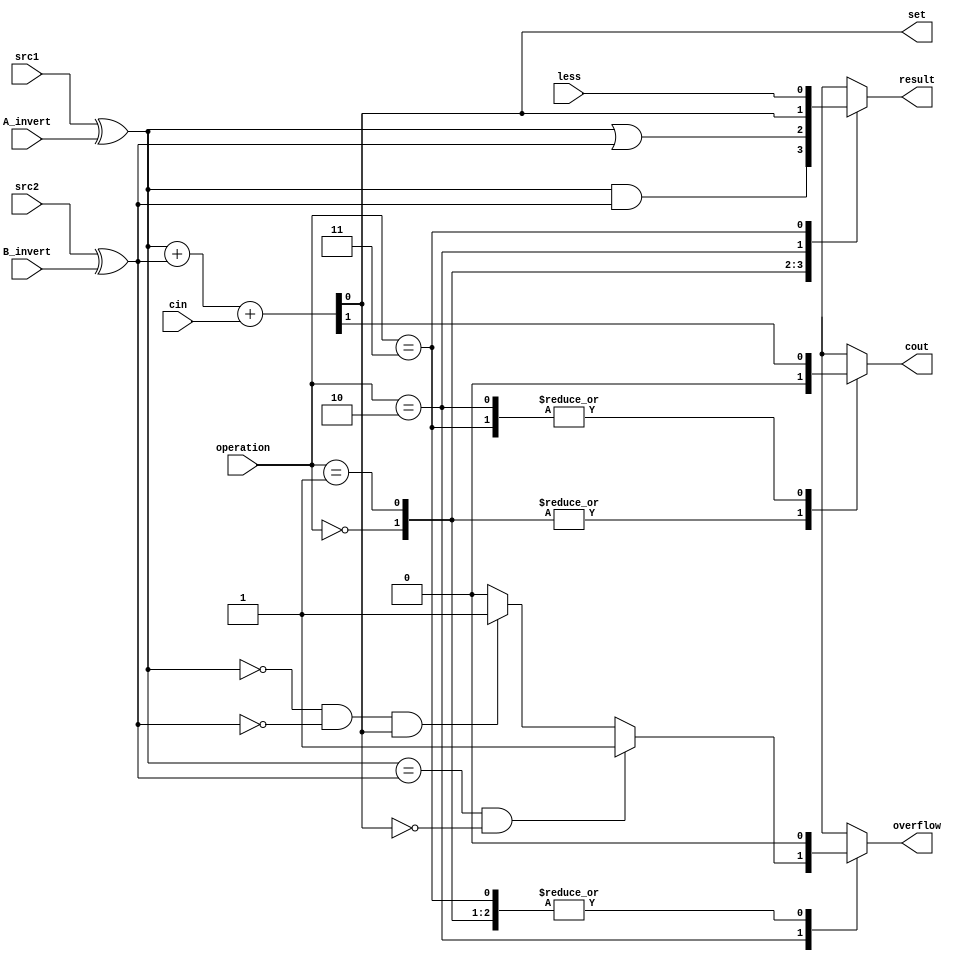
`timescale 1ns/1ps
//////////////////////////////////////////////////////////////////////////////////
// Additional Comments: 0616086
//////////////////////////////////////////////////////////////////////////////////

module alu_bottom(
               src1,       //1 bit source 1 (input)
               src2,       //1 bit source 2 (input)
               less,       //1 bit less     (input)
               A_invert,   //1 bit A_invert (input)
               B_invert,   //1 bit B_invert (input)
               cin,        //1 bit carry in (input)
               operation,  //operation      (input)
               result,     //1 bit result   (output)
               cout,       //1 bit carry out(output)
               set,
               overflow
               );

input         src1;
input         src2;
input         less;
input         A_invert;
input         B_invert;
input         cin;
input [2-1:0] operation;

output        result;
output        cout;
output        set;
output        overflow;

reg           a;
reg           b;
reg           result;
reg           cout;
reg           set;
reg           overflow;


always@(*)begin
    a = src1 ^ A_invert;
    b = src2 ^ B_invert;

    {cout, result} = a+b+cin;
    set = result;
    overflow = 0;

    case(operation)
	 2'b00:
	 begin
	    result = a&b;
	    cout = 0;
	 end
	 2'b01:
	 begin
	    result = a|b;
	    cout = 0;
	 end
	 2'b10:
	 begin
	    {cout, result} = a+b+cin;
            if ( a==b && result!=1)
                overflow = 1;
            else if ( a==0 && b==0 && result!=0)
                 overflow = 1;
            else
                 overflow = 0;
	 end
	 2'b11:
	 begin
	    result = less;
	 end 
    endcase 


end

endmodule